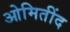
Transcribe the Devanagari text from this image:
ओमितींद